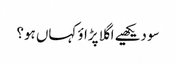
سو دیکھیے اگلا پڑاؤ کہاں ہو؟